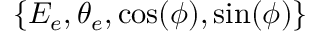
\left\{ E _ { e } , \theta _ { e } , \cos ( \phi ) , \sin ( \phi ) \right\}